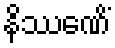
နိဿေဏိံ